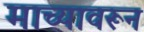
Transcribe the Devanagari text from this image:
माच्यावरून